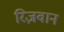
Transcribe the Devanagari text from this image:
रिज़वान